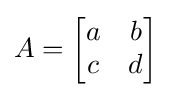
A={\begin{bmatrix}a&b\\c&d\end{bmatrix}}